Indian journal of veterinary science and animal husbandry - Volume 10,
Year: 1940
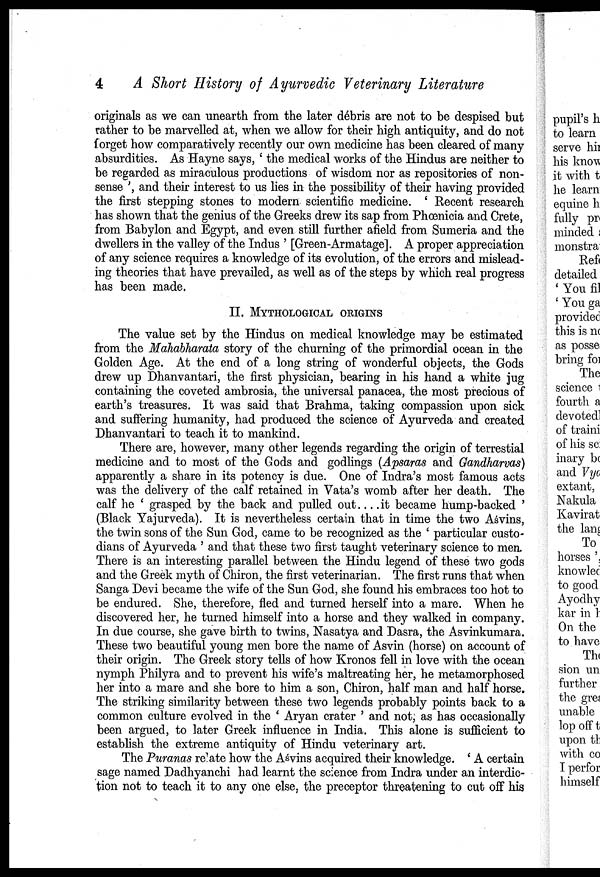
4
A Short History of Ayurvedic Veterinary Literature
originals as we can unearth from the later débris are not to be despised but
rather to be marvelled at, when we allow for their high antiquity, and do not
forget how comparatively recently our own medicine has been cleared of many
absurdities. As Hayne says, ' the medical works of the Hindus are neither to
be regarded as miraculous productions of wisdom nor as repositories of non-
sense ', and their interest to us lies in the possibility of their having provided
the first stepping stones to modern scientific medicine. ' Recent research
has shown that the genius of the Greeks drew its sap from Phœnicia and Crete,
from Babylon and Egypt, and even still further afield from Sumeria and the
dwellers in the valley of the Indus ' [Green-Armatage]. A proper appreciation
of any science requires a knowledge of its evolution, of the errors and mislead-
ing theories that have prevailed, as well as of the steps by which real progress
has been made.
II. MYTHOLOGICAL ORIGINS
The value set by the Hindus on medical knowledge may be estimated
from the Mahabharata story of the churning of the primordial ocean in the
Golden Age. At the end of a long string of wonderful objects, the Gods
drew up Dhanvantari, the first physician, bearing in his hand a white jug
containing the coveted ambrosia, the universal panacea, the most precious of
earth's treasures. It was said that Brahma, taking compassion upon sick
and suffering humanity, had produced the science of Ayurveda and created
Dhanvantari to teach it to mankind.
There are, however, many other legends regarding the origin of terrestial
medicine and to most of the Gods and godlings (Apsaras and Gandharvas)
apparently a share in its potency is due. One of Indra's most famous acts
was the delivery of the calf retained in Vata's womb after her death. The
calf he ' grasped by the back and pulled out . . . . it became hump-backed '
(Black Yajurveda). It is nevertheless certain that in time the two Aśvins,
the twin sons of the Sun God, came to be recognized as the ' particular custo
dians of Ayurveda ' and that these two first taught veterinary science to men.
There is an interesting parallel between the Hindu legend of these two gods
and the Greek myth of Chiron, the first veterinarian. The first runs that when
Sanga Devi became the wife of the Sun God, she found his embraces too hot to
be endured. She, therefore, fled and turned herself into a mare. When he
discovered her, he turned himself into a horse and they walked in company.
In due course, she gave birth to twins, Nasatya and Dasra, the Asvinkumara.
These two beautiful young men bore the name of Asvin (horse) on account of
their origin. The Greek story tells of how Kronos fell in love with the ocean
nymph Philyra and to prevent his wife's maltreating her, he metamorphosed
her into a mare and she bore to him a son, Chiron, half man and half horse.
The striking similarity between these two legends probably points back to a
common culture evolved in the ' Aryan crater ' and not, as has occasionally
been argued, to later Greek influence in India. This alone is sufficient to
establish the extreme antiquity of Hindu veterinary art.
The Puranas relate how the Asvins acquired their knowledge. ' A certain
sage named Dadhyanchi had learnt the science from Indra under an interdic
tion not to teach it to any one else, the preceptor threatening to cut off his